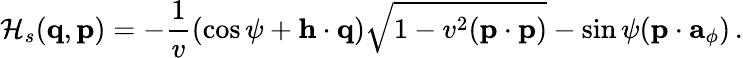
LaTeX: {\cal H}_{s}({\mathbf q},{\mathbf p})=-\frac{1}{v}(\cos\psi+{\mathbf h}\cdot\mathbf{q})\sqrt{1-v^{2}({\mathbf p}\cdot{\mathbf p})}-\sin\psi({\mathbf p}\cdot{\mathbf a}_{\phi})\, .